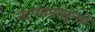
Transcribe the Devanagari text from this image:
ताऱ्यापासूनचे